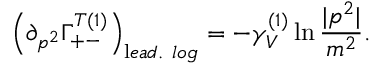
\left( \partial _ { p ^ { 2 } } \Gamma _ { + - } ^ { T ( 1 ) } \right) _ { \mathrm l e a d . \ l o g } = - \gamma _ { V } ^ { ( 1 ) } \ln \frac { | p ^ { 2 } | } { m ^ { 2 } } .